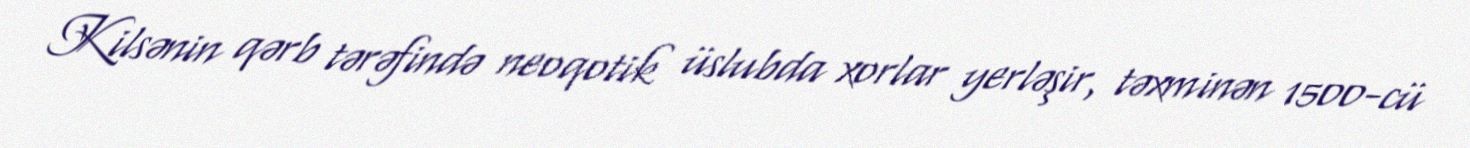
Kilsənin qərb tərəfində neoqotik üslubda xorlar yerləşir, təxminən 1500-cü